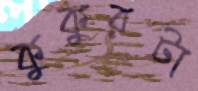
কুকুরটা